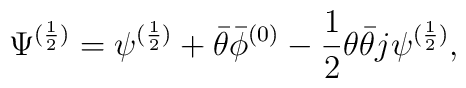
\Psi^{(\frac{1}{2})}=\psi^{(\frac{1}{2})}+\bar\theta\bar\phi^{(0)}-\frac{1}{2}\theta\bar\theta j\psi^{(\frac{1}{2})},